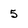
Character: 5